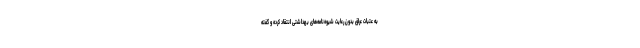
به عتبات عراق بدون رعایت شیوه‌نامه‌های بهداشتی انتقاد کرده و گفته